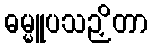
ဓမ္မူပသဉှိတာ